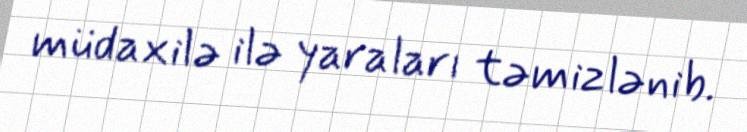
müdaxilə ilə yaraları təmizlənib.